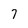
Character: 7